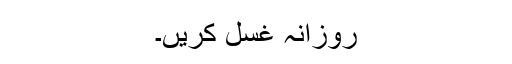
روزانہ غسل کریں۔